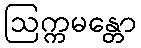
ဩက္ကမန္တော